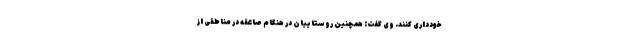
خودداری کنند. وی گفت: همچنین روستاییان در هنگام صاعقه در مناطقی از